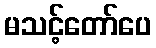
မသင့်တော်ပေ